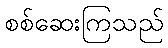
စစ်ဆေးကြသည်